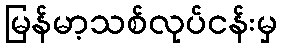
မြန်မာ့သစ်လုပ်ငန်းမှ